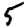
Digit: 5